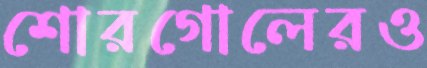
শোরগোলেরও